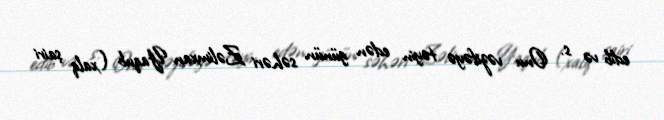
edib və s. Onu vəzifəyə təyin edən günün səhəri Zəlimxan Yaqub (xalq şairi